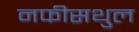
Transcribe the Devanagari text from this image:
नफीसथुल